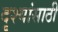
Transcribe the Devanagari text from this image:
दृश्यांसाठी